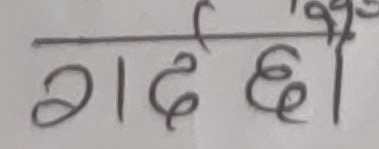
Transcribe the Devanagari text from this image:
गर्द छो